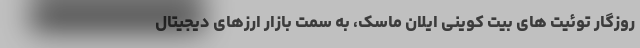
روزگار توئیت های بیت کوینی ایلان ماسک، به سمت بازار ارزهای دیجیتال